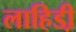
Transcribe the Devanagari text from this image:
लाहिडी़